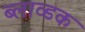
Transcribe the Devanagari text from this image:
ब्लाव्डक